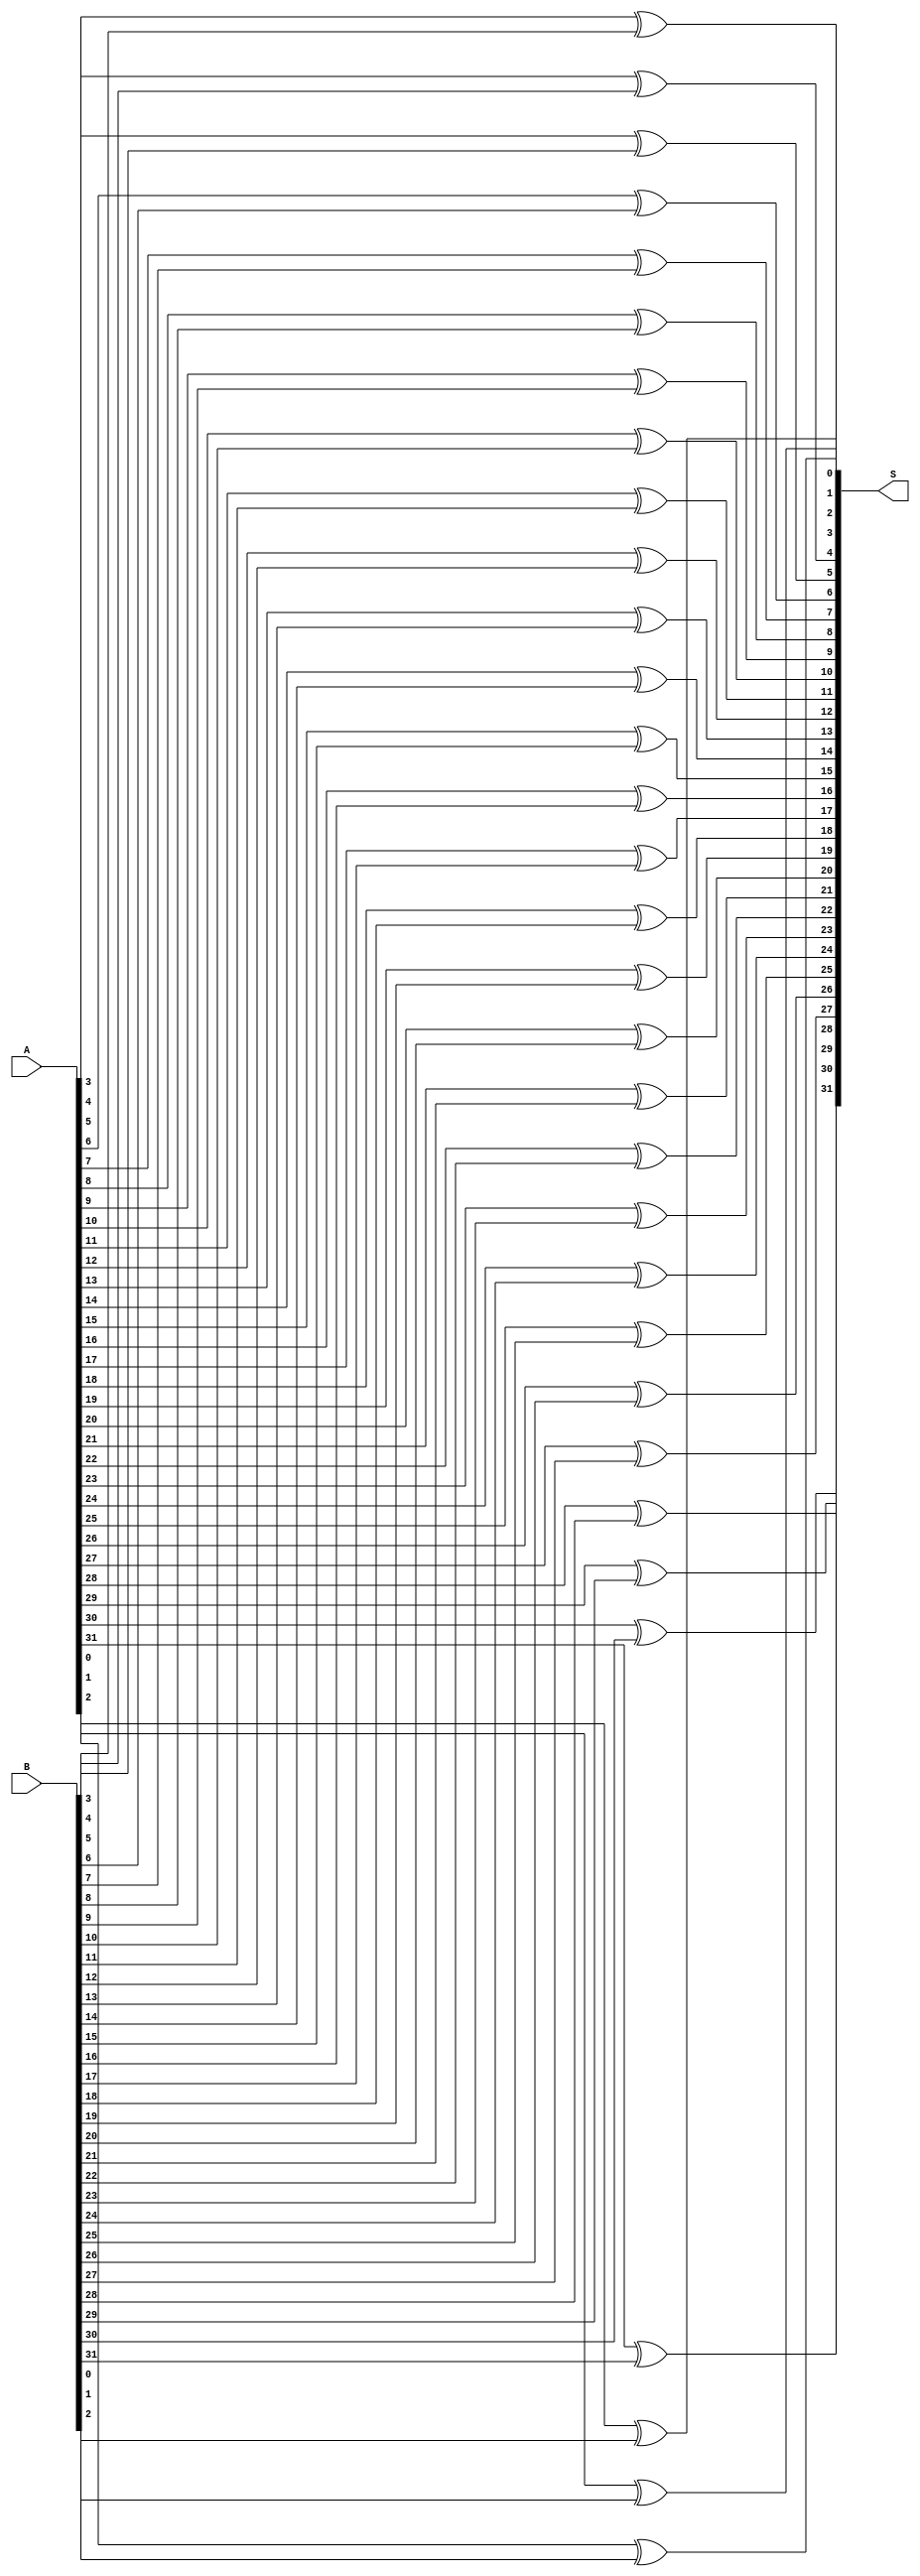
module xor_32bit(S,A,B);

input  [31:0] A,B;
output [31:0] S;


xor xor0(S[0], A[0], B[0]);
xor xor1(S[1], A[1], B[1]);
xor xor2(S[2], A[2], B[2]);

xor xor3(S[3], A[3], B[3]);
xor xor4(S[4], A[4], B[4]);
xor xor5(S[5], A[5], B[5]);

xor xor6(S[6], A[6], B[6]);
xor xor7(S[7], A[7], B[7]);
xor xor8(S[8], A[8], B[8]);

xor xor9(S[9], A[9], B[9]);
xor xor10(S[10], A[10], B[10]);
xor xor11(S[11], A[11], B[11]);

xor xor12(S[12], A[12], B[12]);
xor xor13(S[13], A[13], B[13]);
xor xor14(S[14], A[14], B[14]);

xor xor15(S[15], A[15], B[15]);
xor xor16(S[16], A[16], B[16]);
xor xor17(S[17], A[17], B[17]);

xor xor18(S[18], A[18], B[18]);
xor xor19(S[19], A[19], B[19]);
xor xor20(S[20], A[20], B[20]);

xor xor21(S[21], A[21], B[21]);
xor xor22(S[22], A[22], B[22]);
xor xor23(S[23], A[23], B[23]);

xor xor24(S[24], A[24], B[24]);
xor xor25(S[25], A[25], B[25]);
xor xor26(S[26], A[26], B[26]);

xor xor27(S[27], A[27], B[27]);
xor xor28(S[28], A[28], B[28]);
xor xor29(S[29], A[29], B[29]);

xor xor30(S[30], A[30], B[30]);
xor xor31(S[31], A[31], B[31]);


endmodule